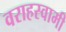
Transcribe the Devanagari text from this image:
वराहस्‍वामी